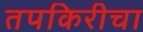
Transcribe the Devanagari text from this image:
तपकिरीचा